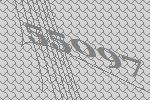
55097